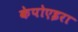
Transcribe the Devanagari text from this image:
केपोएइरा